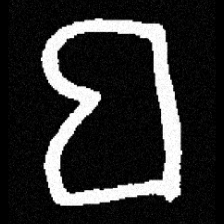
Pyu character \u2014 Myanmar letter: ဗ (romanized: ba)